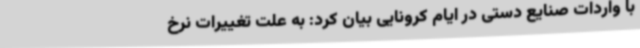
با واردات صنایع دستی در ایام کرونایی بیان کرد: به علت تغییرات نرخ